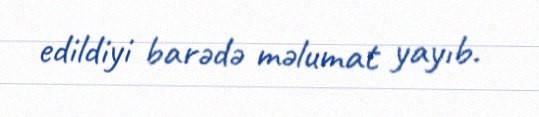
edildiyi barədə məlumat yayıb.